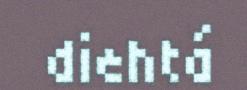
diehtá